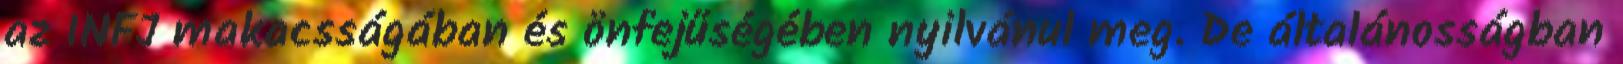
az INFJ makacsságában és önfejűségében nyilvánul meg. De általánosságban